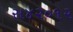
સ૪૨૦૧૨